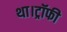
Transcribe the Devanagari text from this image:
था।ट्रॉफी